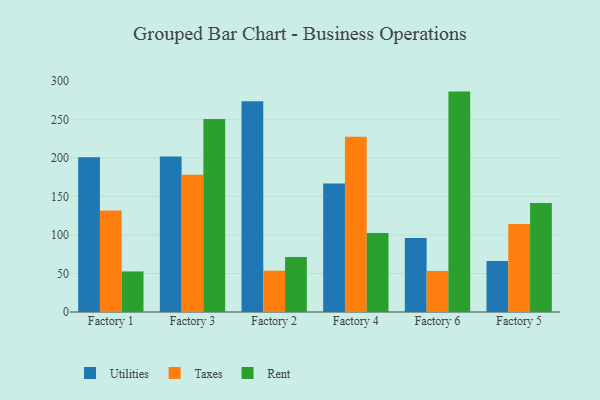
{"axis": {"x": "Factory", "y": "Net Income (USD K)"}, "legend": ["Rent", "Taxes", "Utilities"], "data": [{"x": "Factory 1", "y": 200.9, "type": "Utilities"}, {"x": "Factory 1", "y": 131.8, "type": "Taxes"}, {"x": "Factory 1", "y": 52.6, "type": "Rent"}, {"x": "Factory 3", "y": 201.9, "type": "Utilities"}, {"x": "Factory 3", "y": 178.1, "type": "Taxes"}, {"x": "Factory 3", "y": 250.5, "type": "Rent"}, {"x": "Factory 2", "y": 273.6, "type": "Utilities"}, {"x": "Factory 2", "y": 53.6, "type": "Taxes"}, {"x": "Factory 2", "y": 71.3, "type": "Rent"}, {"x": "Factory 4", "y": 166.8, "type": "Utilities"}, {"x": "Factory 4", "y": 227.5, "type": "Taxes"}, {"x": "Factory 4", "y": 102.4, "type": "Rent"}, {"x": "Factory 6", "y": 96.0, "type": "Utilities"}, {"x": "Factory 6", "y": 53.3, "type": "Taxes"}, {"x": "Factory 6", "y": 286.0, "type": "Rent"}, {"x": "Factory 5", "y": 66.2, "type": "Utilities"}, {"x": "Factory 5", "y": 114.2, "type": "Taxes"}, {"x": "Factory 5", "y": 141.6, "type": "Rent"}]}